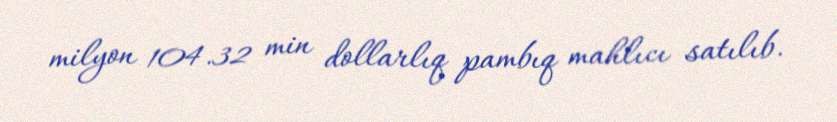
milyon 104.32 min dollarlıq pambıq mahlıcı satılıb.